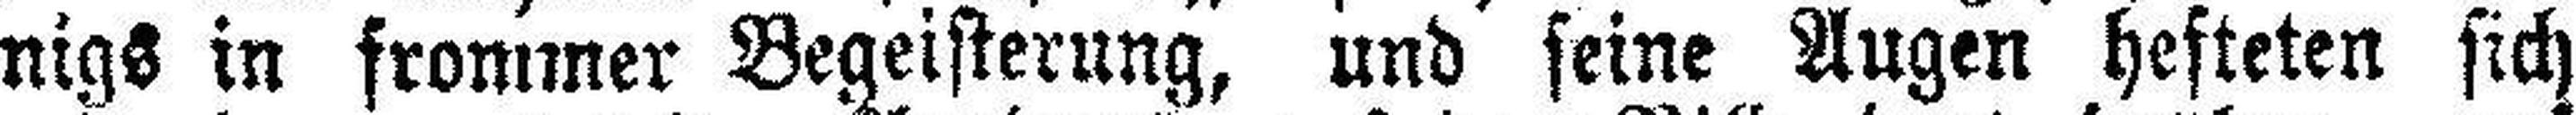
nigs in frommer Begeisterung, und seine Augen hefteten sich